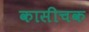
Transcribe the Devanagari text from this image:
कासीचक